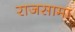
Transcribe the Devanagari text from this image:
राजसामा